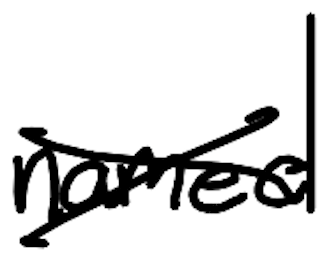
Text: named
Cross-out: cross
Writing tool: digital_black